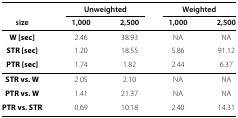
|  | <COLSPAN=2> Unweighted | <COLSPAN=2> Weighted |
 | --- | --- | --- | --- | --- |
 | size | 1,000 | 2,500 | 1,000 | 2,500 |
 | W [sec] | 2.46 | 38.93 | NA | NA |
 | STR [sec] | 1.20 | 18.55 | 5.86 | 91.12 |
 | PTR [sec] | 1.74 | 1.82 | 2.44 | 6.37 |
 | STR vs. W | 2.05 | 2.10 | NA | NA |
 | PTR vs. W | 1.41 | 21.37 | NA | NA |
 | PTR vs. STR | 0.69 | 10.18 | 2.40 | 14.31 |